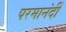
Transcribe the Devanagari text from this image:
परमानंदीं